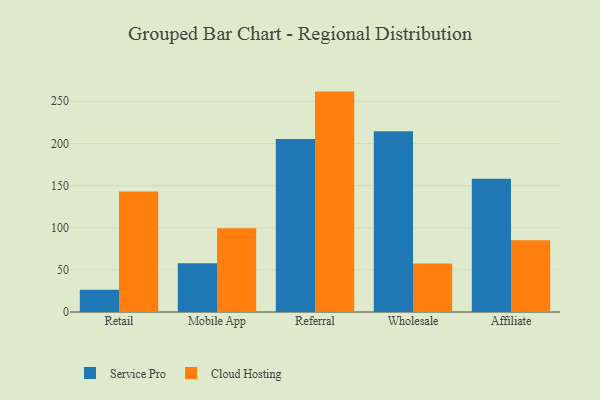
{"axis": {"x": "Channel", "y": "Energy Usage (MWh)"}, "legend": ["Cloud Hosting", "Service Pro"], "data": [{"x": "Retail", "y": 26.5, "type": "Service Pro"}, {"x": "Retail", "y": 143.1, "type": "Cloud Hosting"}, {"x": "Mobile App", "y": 57.9, "type": "Service Pro"}, {"x": "Mobile App", "y": 99.4, "type": "Cloud Hosting"}, {"x": "Referral", "y": 205.2, "type": "Service Pro"}, {"x": "Referral", "y": 261.5, "type": "Cloud Hosting"}, {"x": "Wholesale", "y": 214.4, "type": "Service Pro"}, {"x": "Wholesale", "y": 57.5, "type": "Cloud Hosting"}, {"x": "Affiliate", "y": 158.0, "type": "Service Pro"}, {"x": "Affiliate", "y": 85.0, "type": "Cloud Hosting"}]}